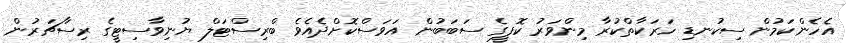
އެހެންކަމުން ސިކުނޑި ހަރަކާތްކުރާ މިންވަރު ކޮފީގެ ސަބަބުން އަވަސްކޮށްދެއެވެ ބްރިސްޓަލް ޔުނިވާސިޓީގެ ރިސާޗަރުން